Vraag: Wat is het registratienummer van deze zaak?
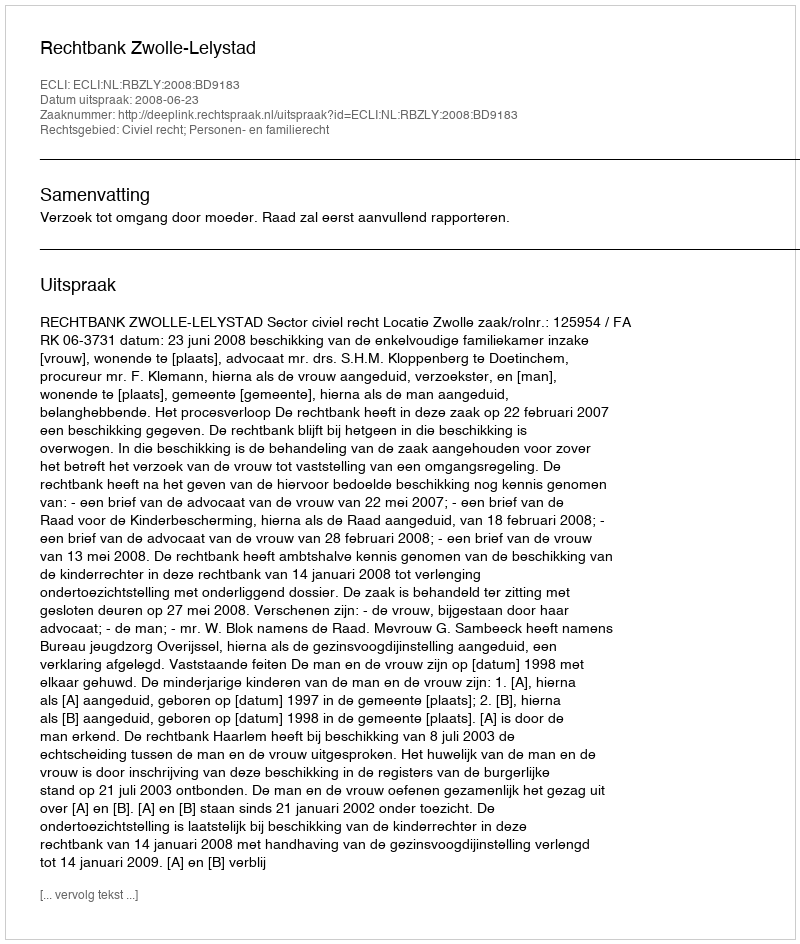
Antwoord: http://deeplink.rechtspraak.nl/uitspraak?id=ECLI:NL:RBZLY:2008:BD9183